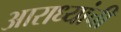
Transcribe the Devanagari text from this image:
आराध्यांची